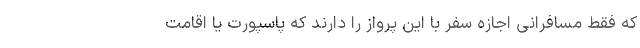
که فقط مسافرانی اجازه سفر با این پرواز را دارند که پاسپورت یا اقامت